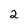
Character: 2